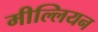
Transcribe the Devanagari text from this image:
मील्लियन